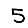
Digit: 5